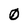
Character: 0